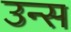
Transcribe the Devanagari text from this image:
उन्स